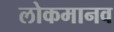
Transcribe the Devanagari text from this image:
लोकमानव